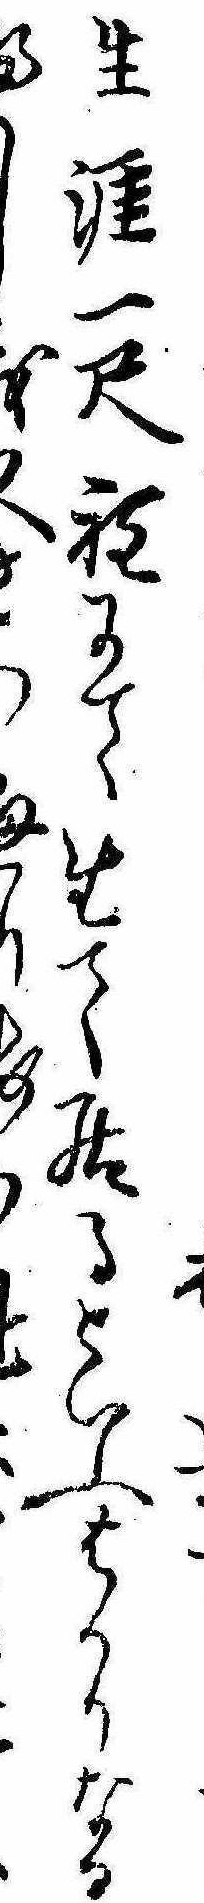
生涯一尺程にて生て居るといふはかりなるへし我又り